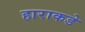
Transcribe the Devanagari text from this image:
हाराकडे